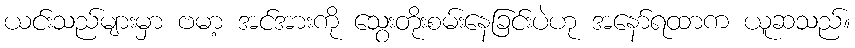
ယင်းသည်များမှာ ဗမာ့ အင်အားကို သွေးတိုးစမ်းနေခြင်းပဲဟု အနော်ရထာက ယူဆသည်။